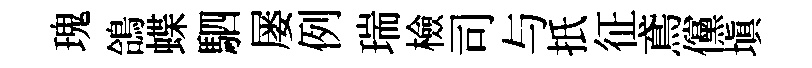
瑰鴿蝶駟屡例瑞檢司与扺征鳶儻塡